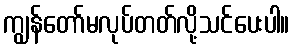
ကျွန်တော်မလုပ်တတ်လို့သင်ပေးပါ။